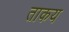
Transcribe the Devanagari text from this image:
ताकय